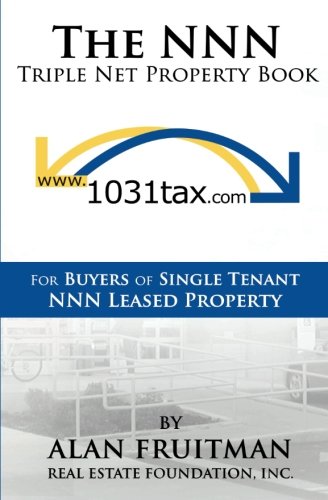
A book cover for The NNN Triple Net Property Book: For Buyers of Single Tenant NNN Leased Property; Alan Fruitman; Business & Money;